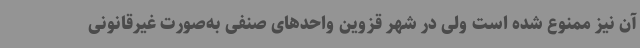
آن نیز ممنوع شده است ولی در شهر قزوین واحدهای صنفی به‌صورت غیرقانونی